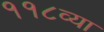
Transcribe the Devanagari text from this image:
११८व्या